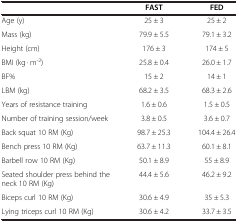
<table><thead><tr><td><b> </b></td><td><b>FAST</b></td><td><b>FED</b></td></tr></thead><tbody><tr><td>Age (y)</td><td>25 ± 3</td><td>25 ± 2</td></tr><tr><td>Mass (kg)</td><td>79.9 ± 5.5</td><td>79.1 ± 3.2</td></tr><tr><td>Height (cm)</td><td>176 ± 3</td><td>174 ± 5</td></tr><tr><td>BMI (kg · m<sup>-2</sup>)</td><td>25.8 ± 0.4</td><td>26.0 ± 1.7</td></tr><tr><td>BF%</td><td>15 ± 2</td><td>14 ± 1</td></tr><tr><td>LBM (kg)</td><td>68.2 ± 3.5</td><td>68.3 ± 2.6</td></tr><tr><td>Years of resistance training</td><td>1.6 ± 0.6</td><td>1.5 ± 0.5</td></tr><tr><td>Number of training session/week</td><td>3.8 ± 0.5</td><td>3.6 ± 0.7</td></tr><tr><td>Back squat 10 RM (Kg)</td><td>98.7 ± 25.3</td><td>104.4 ± 26.4</td></tr><tr><td>Bench press 10 RM (Kg)</td><td>63.7 ± 11.3</td><td>60.1 ± 8.1</td></tr><tr><td>Barbell row 10 RM (Kg)</td><td>50.1 ± 8.9</td><td>55 ± 8.9</td></tr><tr><td>Seated shoulder press behind the neck 10 RM (Kg)</td><td>44.4 ± 5.6</td><td>46.2 ± 9.2</td></tr><tr><td>Biceps curl 10 RM (Kg)</td><td>30.6 ± 4.9</td><td>35 ± 5.3</td></tr><tr><td>Lying triceps curl 10 RM (Kg)</td><td>30.6 ± 4.2</td><td>33.7 ± 3.5</td></tr></tbody></table>